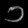
Digit: ၁